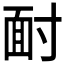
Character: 𩈃